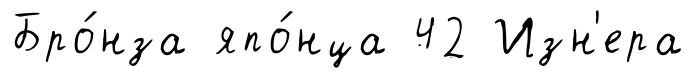
Бро́нза япо́нца 42 Изн'ера